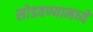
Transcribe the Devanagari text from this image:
सोडवण्यामध्ये